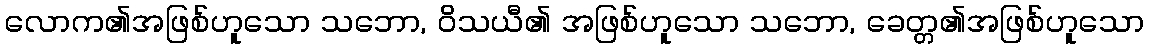
လောက၏အဖြစ်ဟူသော သဘော, ဝိသယီ၏ အဖြစ်ဟူသော သဘော, ခေတ္တ၏အဖြစ်ဟူသော